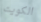
الكويت